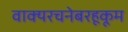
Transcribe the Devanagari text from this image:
वाक्यरचनेबरहूकूम